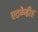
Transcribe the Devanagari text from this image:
एटकेडीह